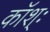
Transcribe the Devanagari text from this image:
कॉश्ः